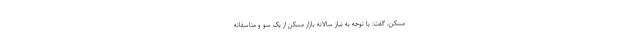
مسکن، گفت: با توجه به نیاز سالانه بازار مسکن از یک سو و متاسفانه